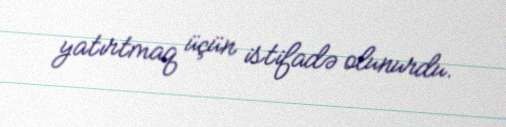
yatırtmaq üçün istifadə olunurdu.